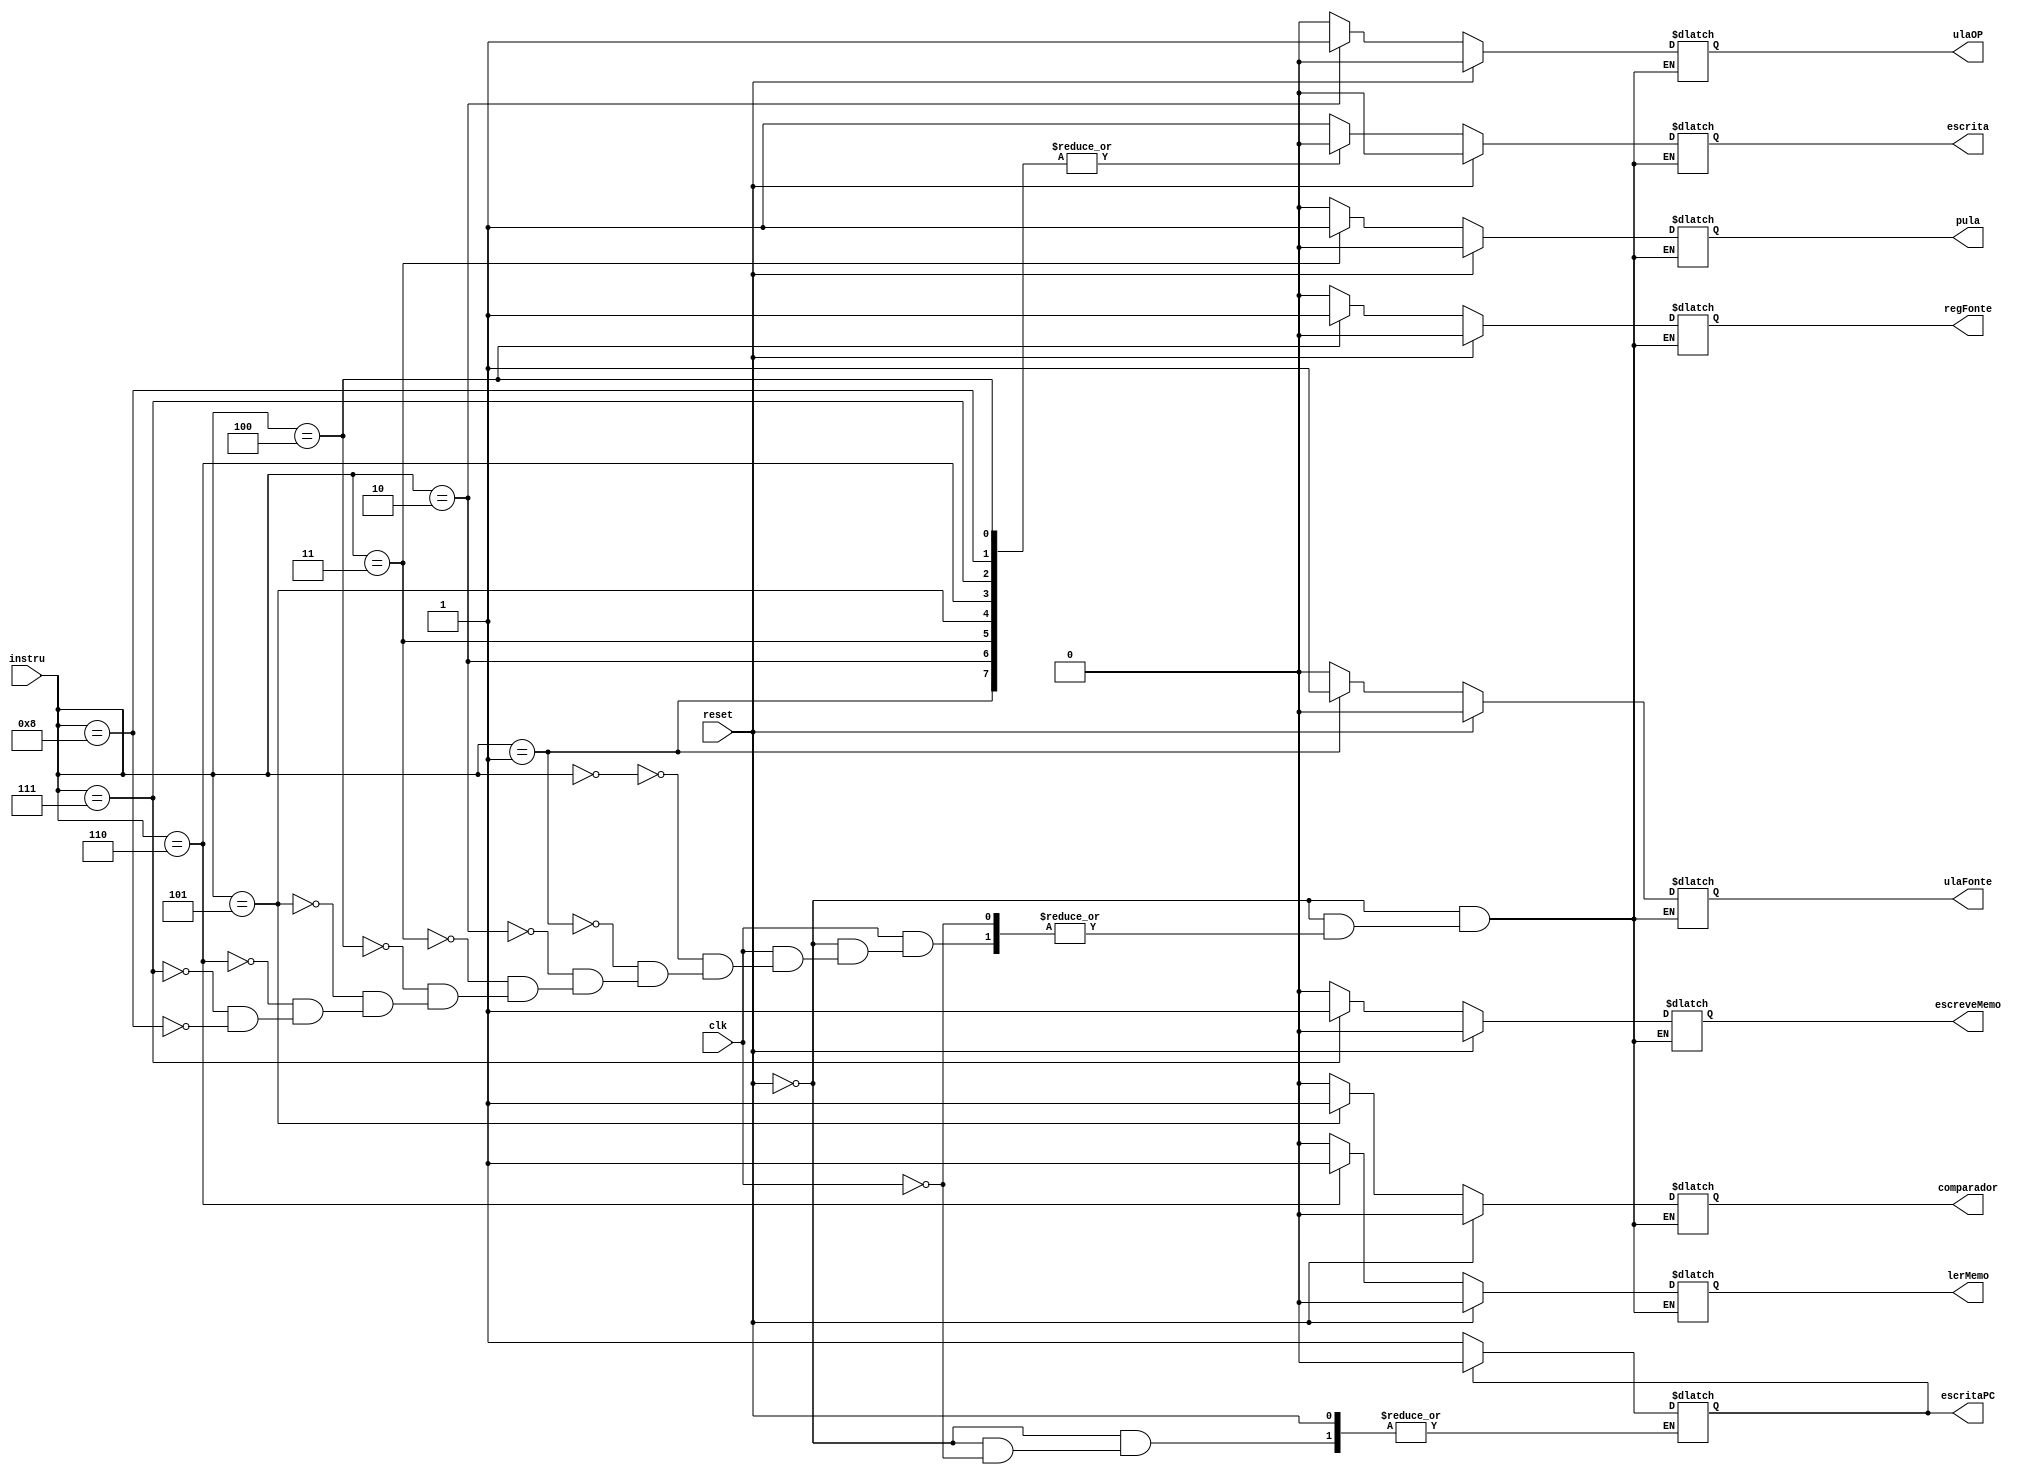
module controleUnit (instru, clk, reset,escrita, escritaPC,ulaFonte, ulaOP, pula, regFonte, comparador,lerMemo, escreveMemo);
	input [7:0] instru;		
	input clk, reset;
	output reg escrita, escritaPC,ulaFonte, ulaOP, pula, regFonte, comparador,lerMemo, escreveMemo;
	
	
	initial begin
					escrita = 1'b0;
					ulaFonte = 1'b0;
					ulaOP = 1'b0;
					pula = 1'b0;
					regFonte = 1'b0;
					comparador = 1'b0;
					lerMemo = 1'b0;
					escreveMemo = 1'b0;		
					escritaPC = 1'b0;
	end
	
	
	
	
	 always@(instru, clk, reset)
		if(reset)
			begin
					escrita = 1'b0;
					ulaFonte = 1'b0;
					ulaOP = 1'b0;
					pula = 1'b0;
					regFonte = 1'b0;
					comparador = 1'b0;
					lerMemo = 1'b0;
					escreveMemo = 1'b0;			
				end
		else	
			begin
				if(clk)
						begin
							if (escritaPC)
								escritaPC = 0;
							else
								escritaPC = 1;
							case(instru)
								8'b00000000: 
									begin
										escrita = 1'b1;
										ulaFonte = 1'b0;
										ulaOP = 1'b0;
										pula = 1'b0;
										regFonte = 1'b0;
										comparador = 1'b0;
										lerMemo = 1'b0;
										escreveMemo = 1'b0;	
									
									end
								8'b00000001: 
									begin
										escrita = 1'b0;
										ulaFonte = 1'b1;
										ulaOP = 1'b0;
										pula = 1'b0;
										regFonte = 1'b0;
										comparador = 1'b0;
										lerMemo = 1'b0;
										escreveMemo = 1'b0;	
									end
								8'b00000010:
									begin
										escrita = 1'b0;
										ulaFonte = 1'b0;
										ulaOP = 1'b1;
										pula = 1'b0;
										regFonte = 1'b0;
										comparador = 1'b0;
										lerMemo = 1'b0;
										escreveMemo = 1'b0;
									end
								8'b00000011:
									begin
										escrita = 1'b0;
										ulaFonte = 1'b0;
										ulaOP = 1'b0;
										pula = 1'b1;
										regFonte = 1'b0;
										comparador = 1'b0;
										lerMemo = 1'b0;
										escreveMemo = 1'b0;
									end
								8'b00000100:
									begin
										escrita = 1'b0;
										ulaFonte = 1'b0;
										ulaOP = 1'b0;
										pula = 1'b0;
										regFonte = 1'b1;
										comparador = 1'b0;
										lerMemo = 1'b0;
										escreveMemo = 1'b0;	
									end
								8'b00000101: 
									begin
										escrita = 1'b0;
										ulaFonte = 1'b0;
										ulaOP = 1'b0;
										pula = 1'b0;
										regFonte = 1'b0;
										comparador = 1'b1;
										lerMemo = 1'b0;
										escreveMemo = 1'b0;	
									end
								8'b00000110:
									begin
										escrita = 1'b0;
										ulaFonte = 1'b0;
										ulaOP = 1'b0;
										pula = 1'b0;
										regFonte = 1'b0;
										comparador = 1'b0;
										lerMemo = 1'b1;
										escreveMemo = 1'b0;	
									end
								8'b00000111: 
									begin
										escrita = 1'b0;
										ulaFonte = 1'b0;
										ulaOP = 1'b0;
										pula = 1'b0;
										regFonte = 1'b0;
										comparador = 1'b0;
										lerMemo = 1'b0;
										escreveMemo = 1'b1;
									end
								8'b00001000: 
									begin
										escrita = 1'b0;
										ulaFonte = 1'b0;
										ulaOP = 1'b0;
										pula = 1'b0;
										regFonte = 1'b0;
										comparador = 1'b0;
										lerMemo = 1'b0;
										escreveMemo = 1'b0;
									end
								
							endcase		
							
			end
		end
endmodule